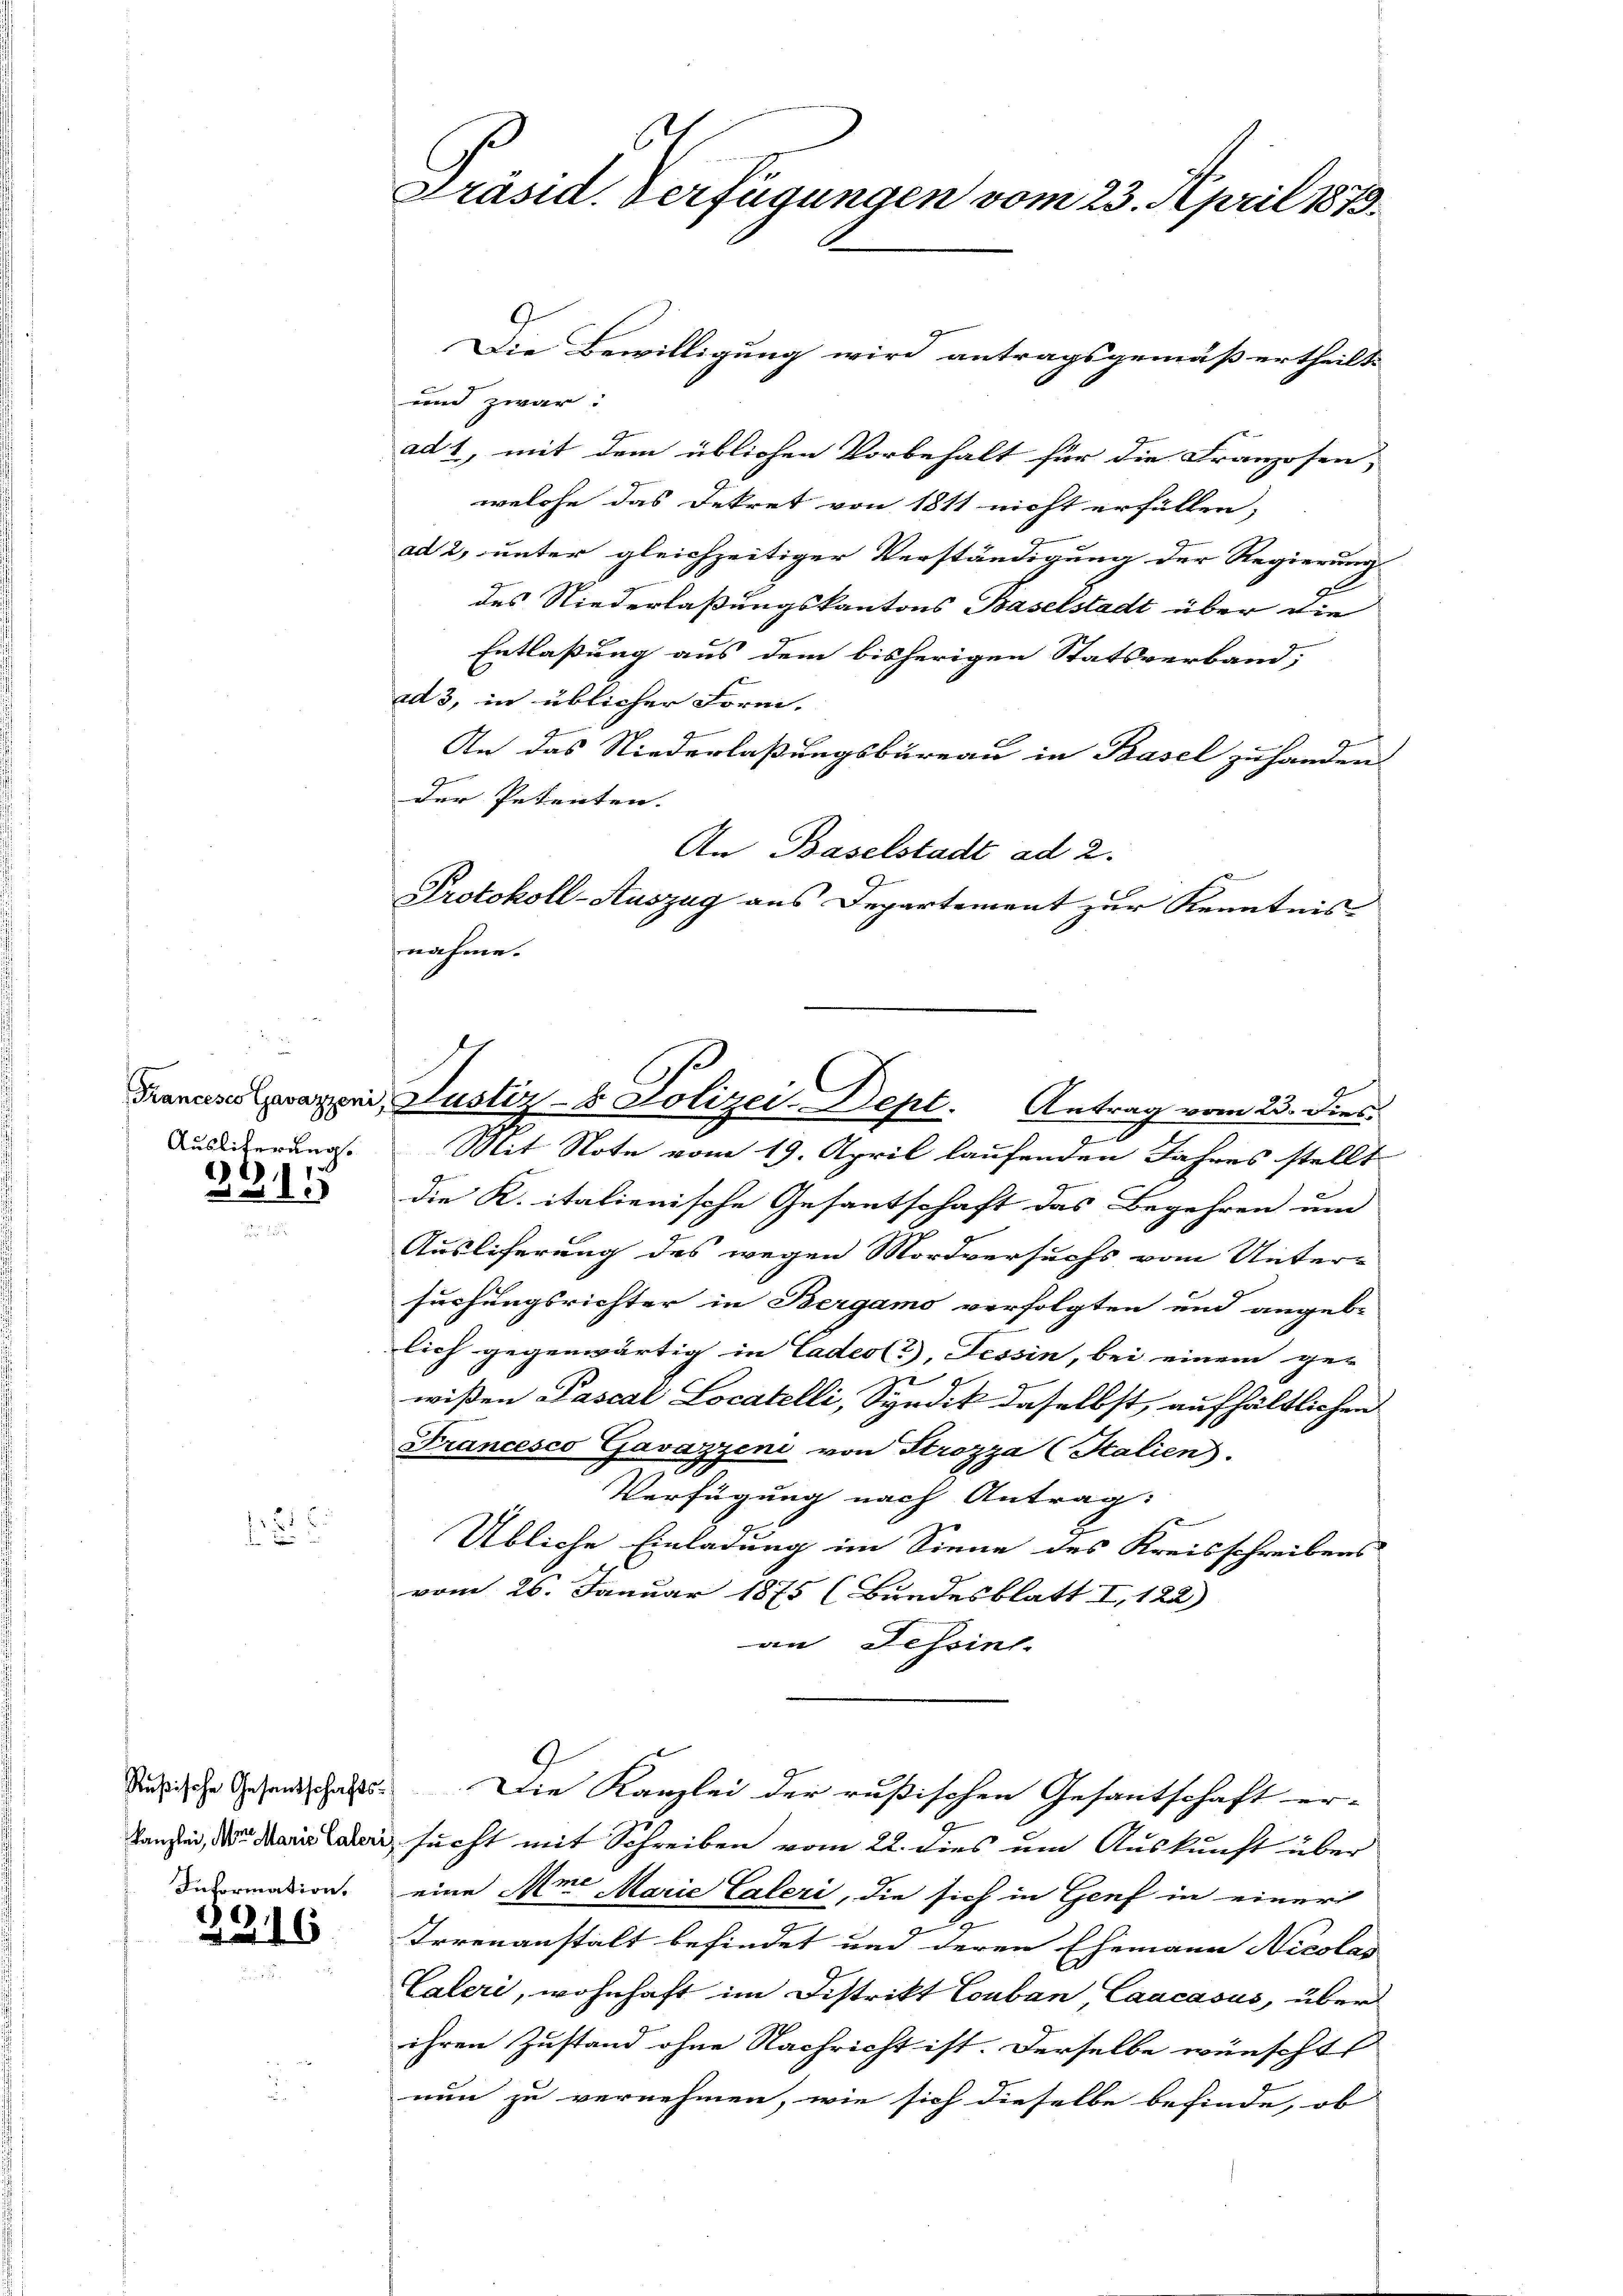
Ausliterung.

2
5

2

)
6

Präsid. Verfügungen vom 23. April 1873.

Die Bewilligung wird antragsgemäß ertheilt
und zwar:
ad 1, mit dem üblichen Vorbehalt für die Franzosen,
welche das Dekret von 1811 nicht erfüllen,
ad 2, unter gleichzeitiger Verständigung der Regierung
des Niederlaßungskantons Baselstadt über die
Entlaßung aus dem bisherigen Statsverband,
ad 3, in üblicher Form.
An das Niederlaßungsbureau in Basel zu handen.
der Petenten.
An Baselstadt ad 2.
Protokoll-Auszug aus Departement zur Kenntnis
nahme.
2
Mit Note vom 19. April laufenden Jahres stellt
.
die K. italienische Gesantschaft das Begehren um
Ausliferung des wegen Mordversuchs vom Unter-
suchungsrichter in Bergamo verfolgten und angebe
lich gegenwärtig in Cadeol, Tessin, bei einem ger
7
wißen Pascal Locatelli, Syndik daselbst, aufhältlichen
Francesco Gavazzeni von Strozza (Stalien).
Verfügung nach Antrag.
Übliche Einladung im Sinne des Kreisschreibens
vom 26. Januar 1875 (Bundesblatt I, 122)
an Tessin.
Siechische Gesandtschaft. Die Kanzlei der rußischen Gesantschaft er-
Lanzen, de la sucht mit Schreiben vom 22. dies um Auskunft über
dermation eine Ame Marie Caleri, die sich in Genf in einer
Irrenanstalt befindet und deren Ehemann Nicolas
Caleri, wohnhaft im Distrikt Couban Caacasus, über
ihren Zustand ohne Nachricht ist. Derselbe wünscht
nun zu vernehmen, wie sich dieselbe befinde, ob

Francese waren, Justiz- & Polizei-Dept. Antrag vom 23. dies